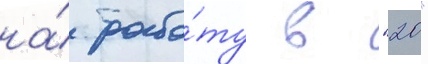
на́ рабо́ту в "20"